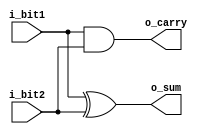
`timescale 1ns / 1ps
//////////////////////////////////////////////////////////////////////////////////
// Company: 
// Engineer: 
// 
// Design Name: 
// Module Name:    half_adder 
// Project Name: 
// Target Devices: 
// Tool versions: 
// Description: 
//
// Dependencies: 
//
// Revision: 
// Revision 0.01 - File Created
// Additional Comments: 
//
//////////////////////////////////////////////////////////////////////////////////
module half_adder(i_bit1,i_bit2,o_sum,o_carry);
 
  input  i_bit1;
  input  i_bit2;
  output o_sum;
  output o_carry;
 
  assign o_sum   = i_bit1 ^ i_bit2;  // bitwise xor
  assign o_carry = i_bit1 & i_bit2;  // bitwise and
 
endmodule